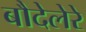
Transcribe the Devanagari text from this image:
बौदेलेरे